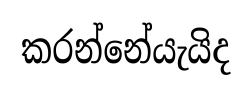
කරන්නේයැයිද